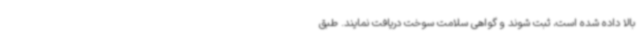
بالا داده شده است، ثبت شوند و گواهی سلامت سوخت دریافت نمایند. طبق